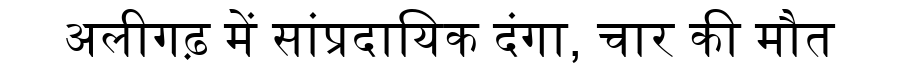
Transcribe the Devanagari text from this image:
अलीगढ़ में सांप्रदायिक दंगा, चार की मौत